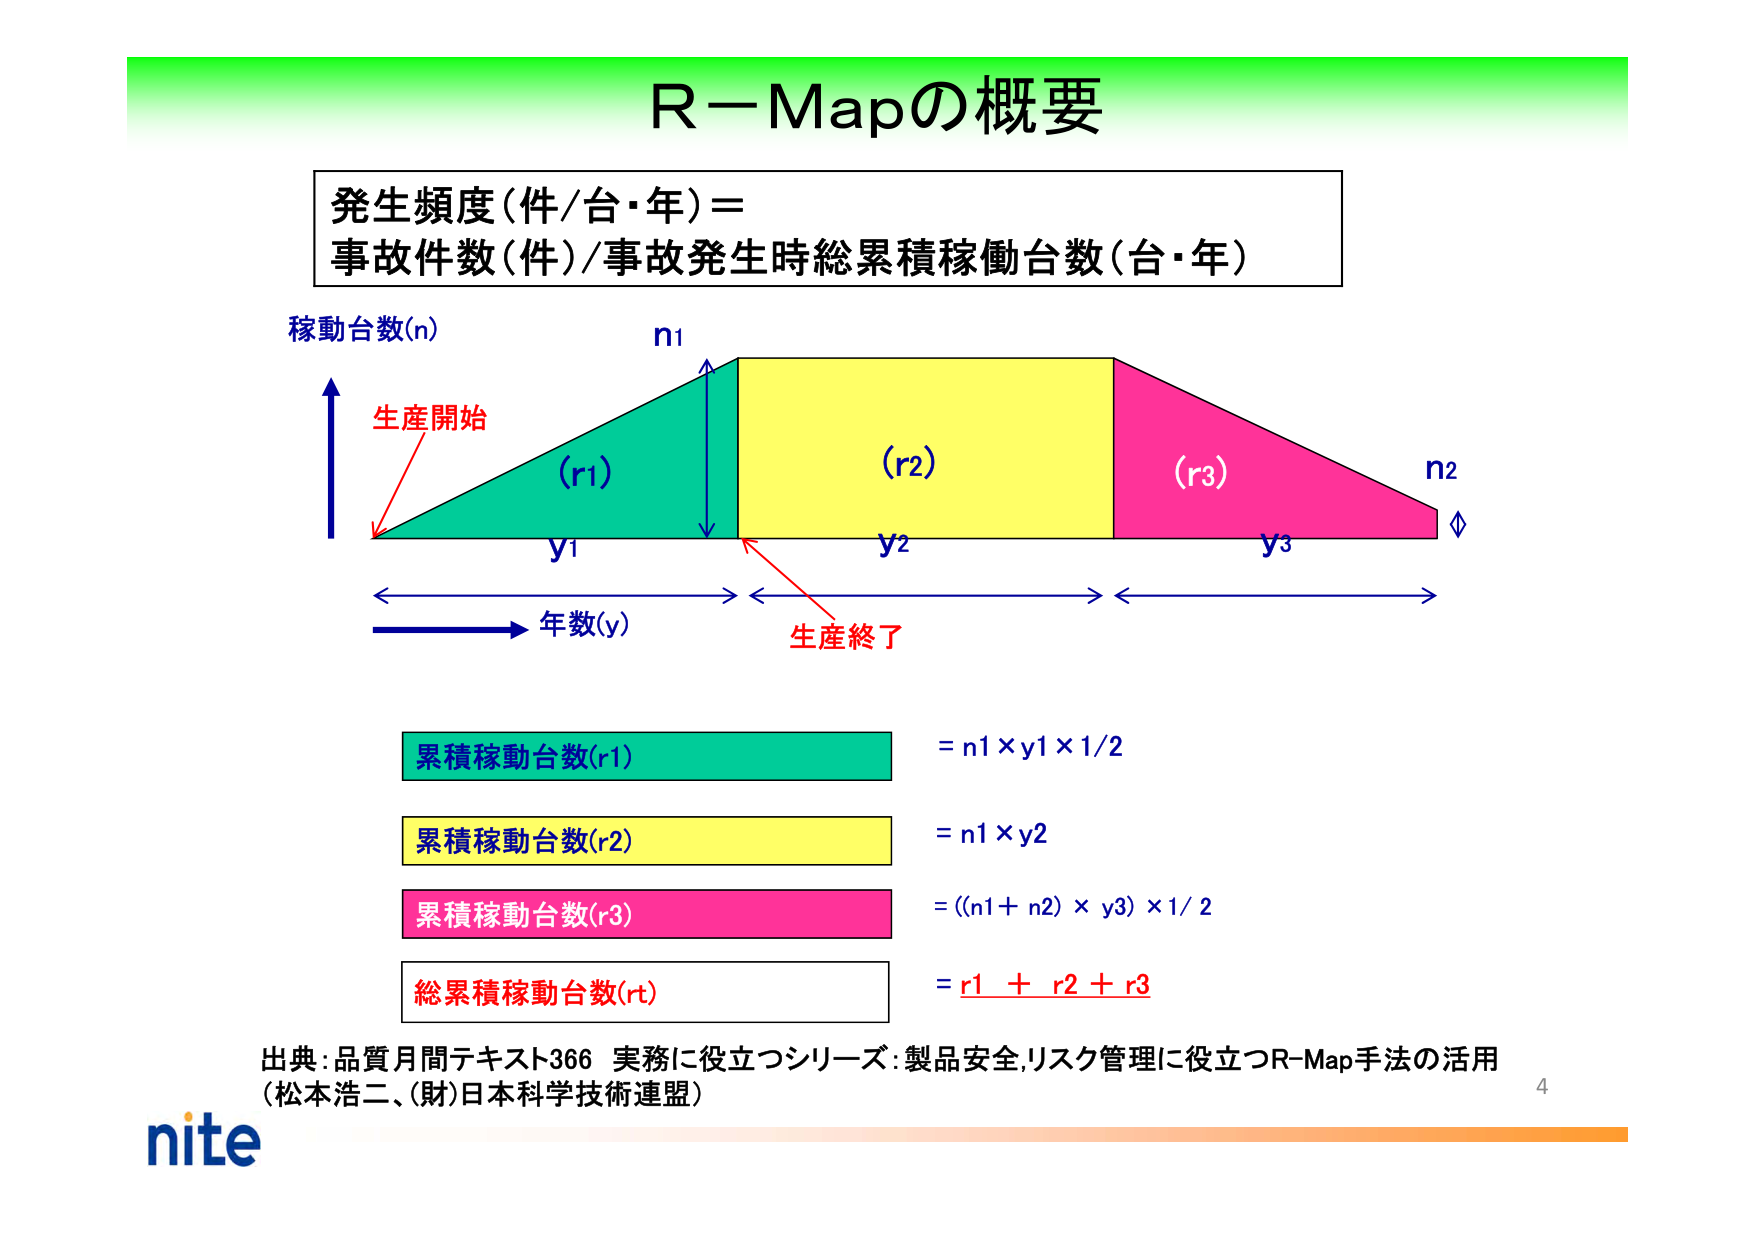
R－Mapの概要

発生頻度（件/台・年）＝
事故件数（件）/事故発生時総累積稼働台数（台・年）

稼働台数(n)
生産開始
(r1)
n1
(r2)
(r3)
n2
y1
y2
y3
年数(y)
生産終了

累積稼働台数(r1) = n1 × y1 × 1/2
累積稼働台数(r2) = n1 × y2
累積稼働台数(r3) = ((n1 + n2) × y3) × 1/2
総累積稼働台数(rt) = r1 + r2 + r3

出典：品質月間テキスト366 実務に役立つシリーズ：製品安全,リスク管理に役立つR-Map手法の活用
（松本浩二、(財)日本科学技術連盟）

nite
4